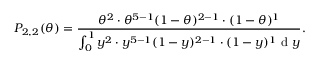
P _ { 2 , 2 } ( \theta ) = \frac { \theta ^ { 2 } \cdot \theta ^ { 5 - 1 } ( 1 - \theta ) ^ { 2 - 1 } \cdot ( 1 - \theta ) ^ { 1 } } { \int _ { 0 } ^ { 1 } y ^ { 2 } \cdot y ^ { 5 - 1 } ( 1 - y ) ^ { 2 - 1 } \cdot ( 1 - y ) ^ { 1 } \mathrm { ~ d ~ } y } .